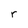
Character: r